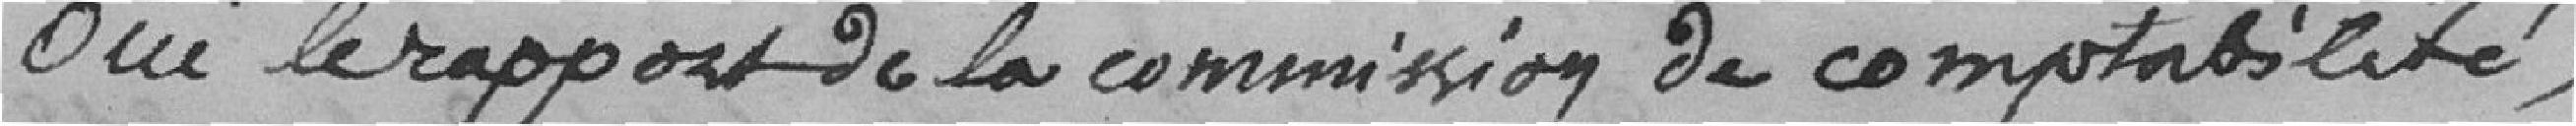
Oui le rapport de la commission de comptabilité,